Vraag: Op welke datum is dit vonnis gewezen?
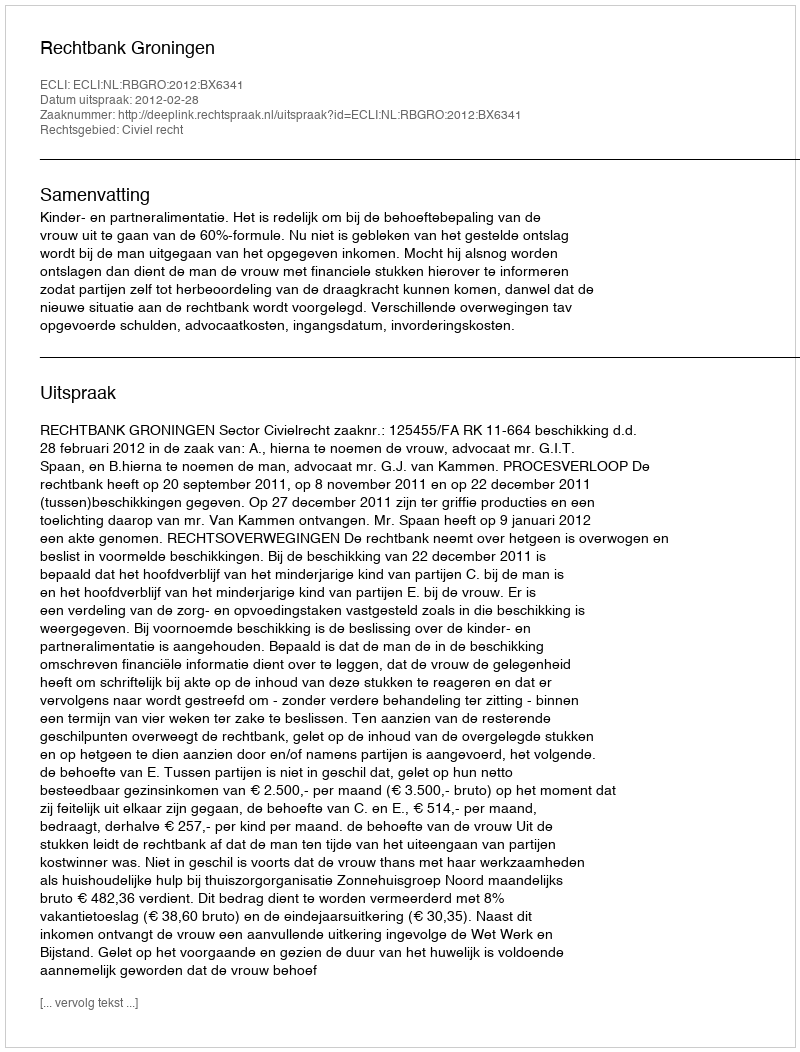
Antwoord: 2012-02-28